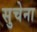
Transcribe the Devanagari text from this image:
सुचेना